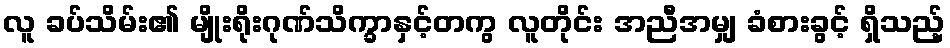
လူ ခပ်သိမ်း၏ မျိုးရိုးဂုဏ်သိက္ခာနှင့်တကွ လူတိုင်း အညီအမျှ ခံစားခွင့် ရှိသည့်